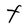
Character: t